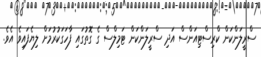
ސްރީލަންކަން ކްރިސްޓިއަންސް އަދި ސްރީލަންކަން ޓަމިލްސް ގެ ގޮތުގައި ފާހަގަކުރުމަށް ލިޔެފައިވެ އެވެ.